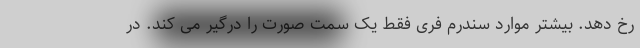
رخ دهد. بیشتر موارد سندرم فری فقط یک سمت صورت را درگیر می کند. در